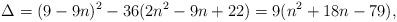
LaTeX: \begin{align*} \Delta = (9-9n)^2 - 36(2n^2 - 9n+22) = 9(n^2 + 18n - 79),\end{align*}